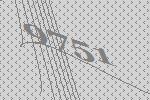
9751